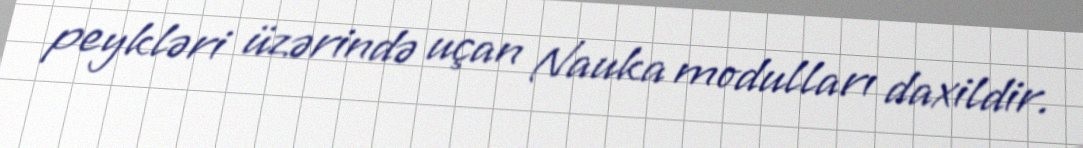
peykləri üzərində uçan Nauka modulları daxildir.